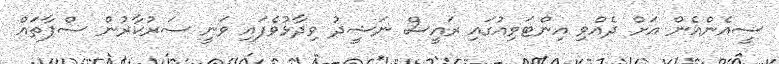
ސީއެންއެން އަށް ދެއްވި އިންޓަވިއުގައި ރައީސް ނަޝީދު ވިދާޅުވެފައި ވަނީ ސަރުކާރުން ސްޕާތައް